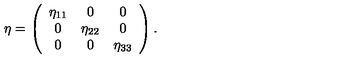
\eta = \left( \begin{array} { c c c } { \eta _ { 1 1 } } & { 0 } & { 0 } \\ { 0 } & { \eta _ { 2 2 } } & { 0 } \\ { 0 } & { 0 } & { \eta _ { 3 3 } } \\ \end{array} \right) .